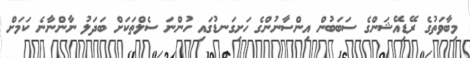
މިބާވަތުގެ ރޭޑިއޭޝަންގެ ސަބަބުން އިންސާނުންގެ ހަށިގަނޑުގައި ހުންނަ ސެލްތަކަށް ބަދަލު ނާންނާނެ ކަމަށް